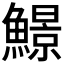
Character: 𩻱